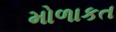
મોળાકત